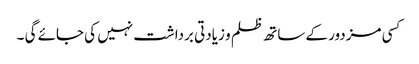
کسی مزدور کے ساتھ ظلم و زیادتی برداشت نہیں کی جائے گی ۔